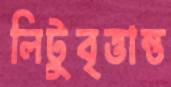
লিটুবৃত্তান্ত